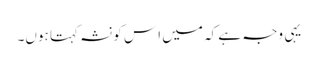
یہی وجہ ہے کہ میں اِس کو نشہ کہتا ہوں۔